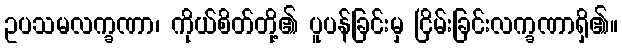
ဥပသမလက္ခဏာ၊ ကိုယ်စိတ်တို့၏ ပူပန်ခြင်းမှ ငြိမ်းခြင်းလက္ခဏာရှိ၏။